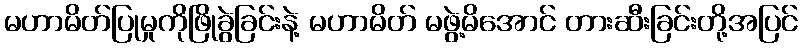
မဟာမိတ်ပြုမှုကိုဖြိုခွဲခြင်းနဲ့ မဟာမိတ် မဖွဲ့မိအောင် တားဆီးခြင်းတို့အပြင်